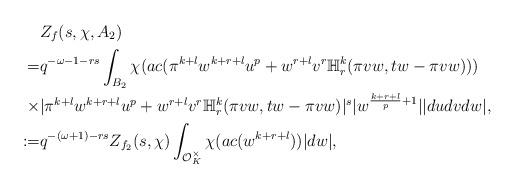
LaTeX: \begin{align*}&Z_f(s, \chi, A_2)\\=&q^{-\omega-1-rs}\int_{B_2}\chi(ac(\pi^{k+l}w^{k+r+l}u^p+w^{r+l}v^r\mathbb{H}_r^k(\pi vw, tw-\pi vw)))\\\times&|\pi^{k+l}w^{k+r+l}u^p+w^{r+l}v^r\mathbb{H}_r^k(\pi vw, tw-\pi vw)|^s|w^{\frac{k+r+l}{p}+1}||dudvdw|,\\:=&q^{-(\omega+1)-rs}Z_{f_2}(s, \chi)\int_{\mathcal{O}_K^{\times}}\chi(ac(w^{k+r+l}))|dw|,\end{align*}